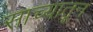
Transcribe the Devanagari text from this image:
साच्यातून